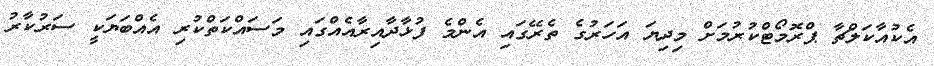
އެކުއާކަލްޗާ ޕްރޮމޯޓްކުރުމަށް މިދިޔަ އަހަރުގެ ތެރޭގައި އެންމެ ފުޅާދާއިރާއެއްގައި މަސައްކަތްކުރި އެއްބަޔަކީ ސަރުކާރު